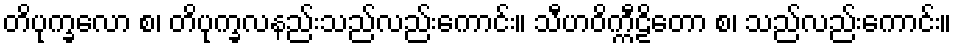
တိပုက္ခလော စ၊ တိပုက္ခလနည်းသည်လည်းကောင်း။ သီဟဝိက္ကီဠိတော စ၊ သည်လည်းကောင်း။